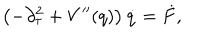
\left( - \partial _ { \tau } ^ { 2 } + V ^ { \prime \prime } ( q ) \right) \dot { q } = \dot { F } ,